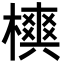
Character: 𣜪